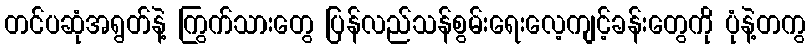
တင်ပဆုံအရွတ်နဲ့ ကြွက်သားတွေ ပြန်လည်သန်စွမ်းရေးလေ့ကျင့်ခန်းတွေကို ပုံနဲ့တကွ